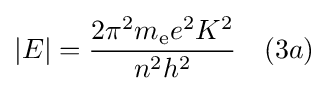
\vert E\vert ={\frac {2\pi ^{2}m_{\text{e}}e^{2}K^{2}}{n^{2}h^{2}}}\ \ \ (3a)